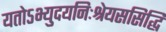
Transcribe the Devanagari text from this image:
यतोऽभ्युदयनिःश्रेयससिद्धि